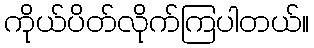
ကိုယ်ပိတ်လိုက်ကြပါတယ်။